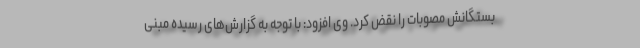
بستگانش مصوبات را نقض کرد. وی افزود: با توجه به گزارش‌های رسیده مبنی